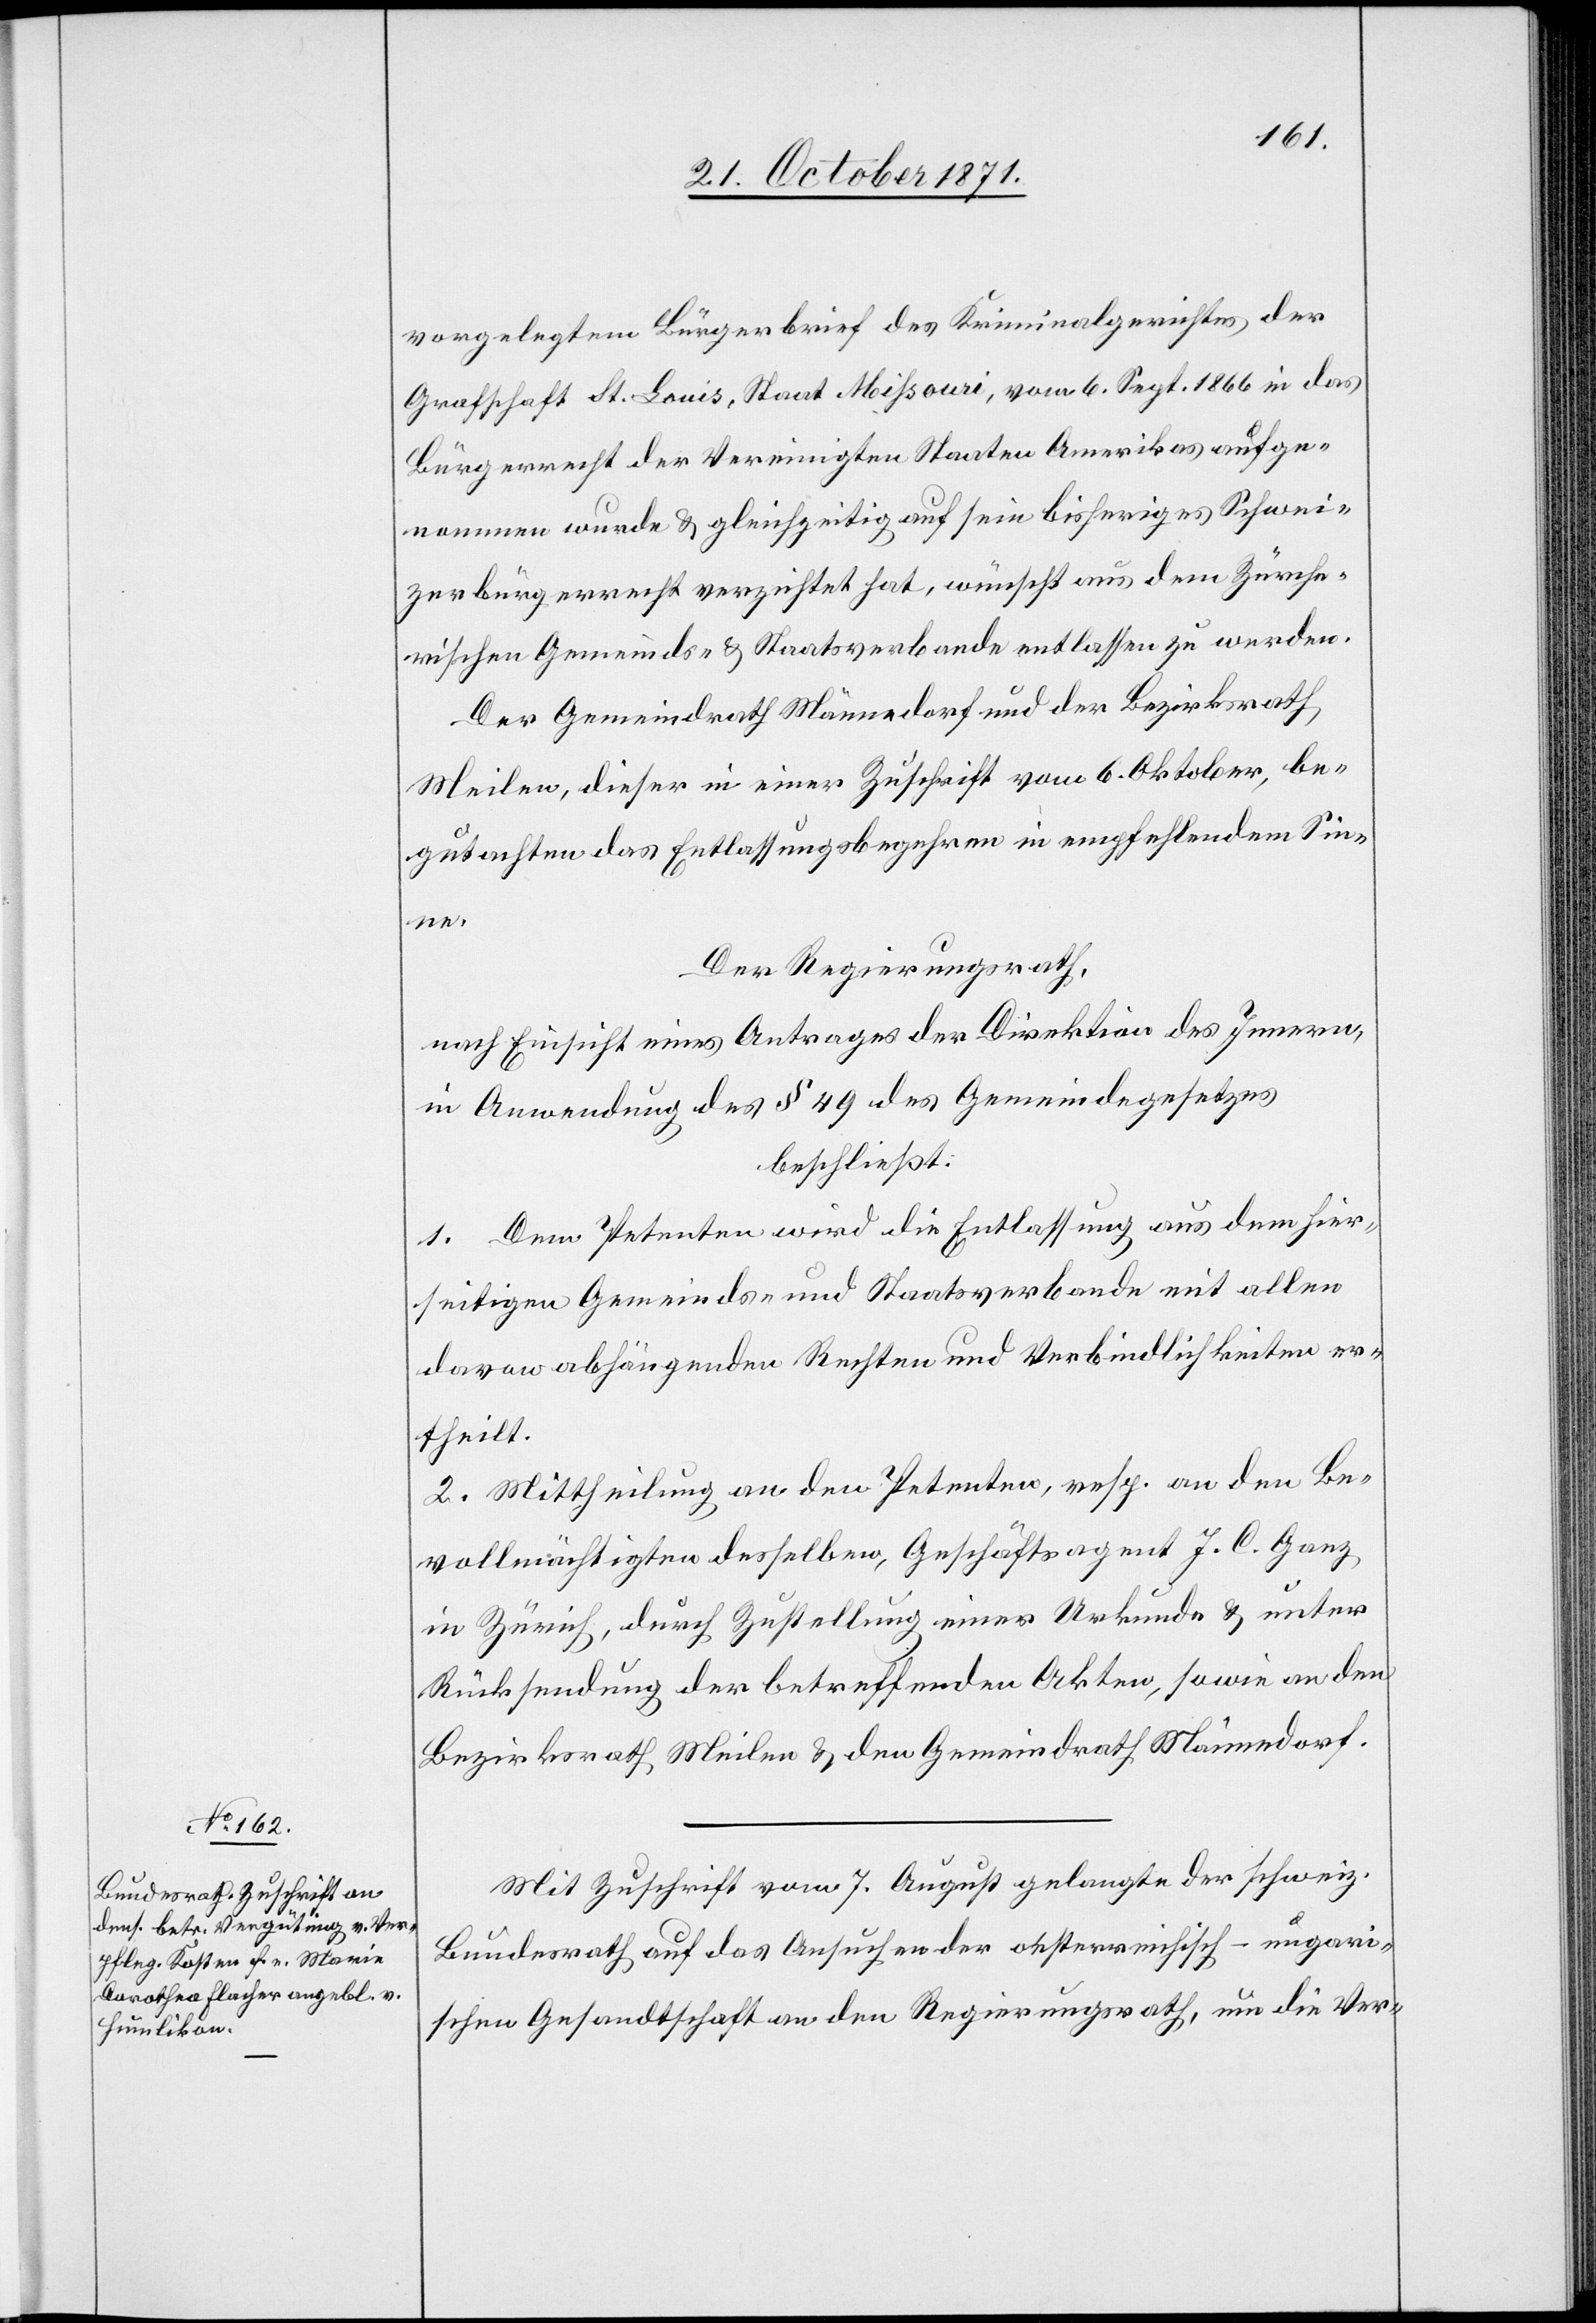
vorgelegtem Bürgerbrief des Kriminalgerichtes der
Grafschaft St. Louis, Staat Missouri, vom 6. Sept. 1866 in das
Bürgerrecht der Vereinigten Staaten Amerikas aufge¬
nommen wurde & gleichzeitig auf sein bisheriges Schwei¬
zerbürgerrecht verzichtet hat, wünscht aus dem Zürche¬
rischen Gemeinds- & Staatsverbande entlassen zu werden.
Der Gemeindrath Männedorf und der Bezirksrath
Meilen, dieser in einer Zuschrift vom 6. Oktober, be¬
gutachten das Entlassungsbegehren in empfehlendem Sin¬
ne.
Der Regierungsrath,
nach Einsicht eines Antrages der Direktion des Innern,
in Anwendung des § 49 des Gemeindegesetzes
beschließt:
1. Dem Petenten wird die Entlassung aus dem hier¬
seitigen Gemeinds[-] und Staatsverbande mit allen
davon abhängenden Rechten und Verbindlichkeiten er¬
theilt.
2. Mittheilung an den Petenten, resp. an den Be¬
vollmächtigten desselben, Geschäftsagent J. C. Ganz
in Zürich, durch Zustellung einer Urkunde & unter
Rücksendung der betreffenden Akten, sowie an den
Bezirksrath Meilen & den Gemeindrath Männedorf.
Mit Zuschrift vom 7. August gelangte der schweiz.
Bundesrath auf das Ansuchen der oesterreichisch-ungari¬
schen Gesandtschaft an den Regierungsrath, um die Ver-